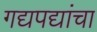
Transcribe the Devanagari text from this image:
गद्यपद्यांचा